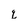
Character: g